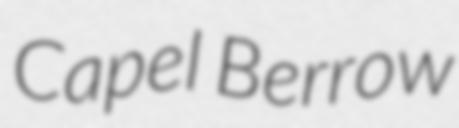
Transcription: Capel Berrow